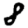
Digit: 8